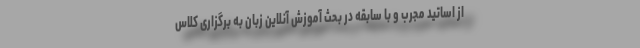
از اساتید مجرب و با سابقه در بحث آموزش آنلاین زبان به برگزاری کلاس